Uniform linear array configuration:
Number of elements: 48
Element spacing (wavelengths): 0.75
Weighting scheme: kaiser
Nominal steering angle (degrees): -15
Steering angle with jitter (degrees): -15.251
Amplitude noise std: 0.05
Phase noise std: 0.05

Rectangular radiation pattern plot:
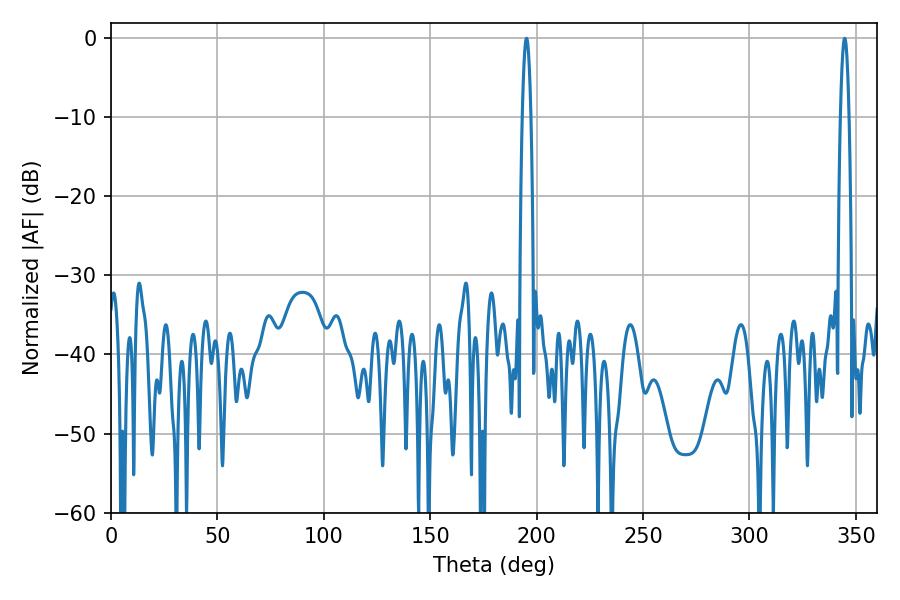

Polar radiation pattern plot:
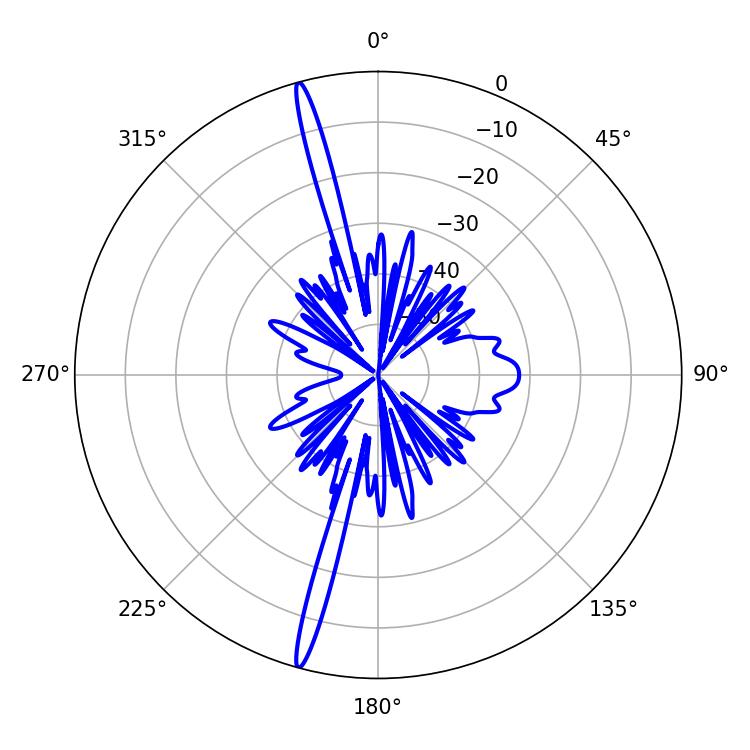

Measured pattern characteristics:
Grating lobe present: TRUE
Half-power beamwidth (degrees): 2.16
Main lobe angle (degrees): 344.7